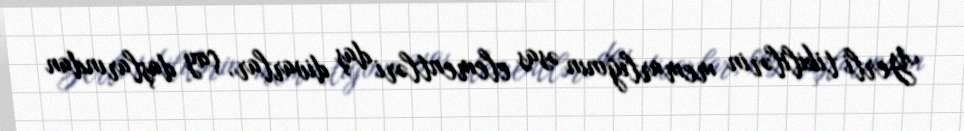
Yerli tikililərin memarlığının əsas elementləri daş divarlar, çay daşlarından